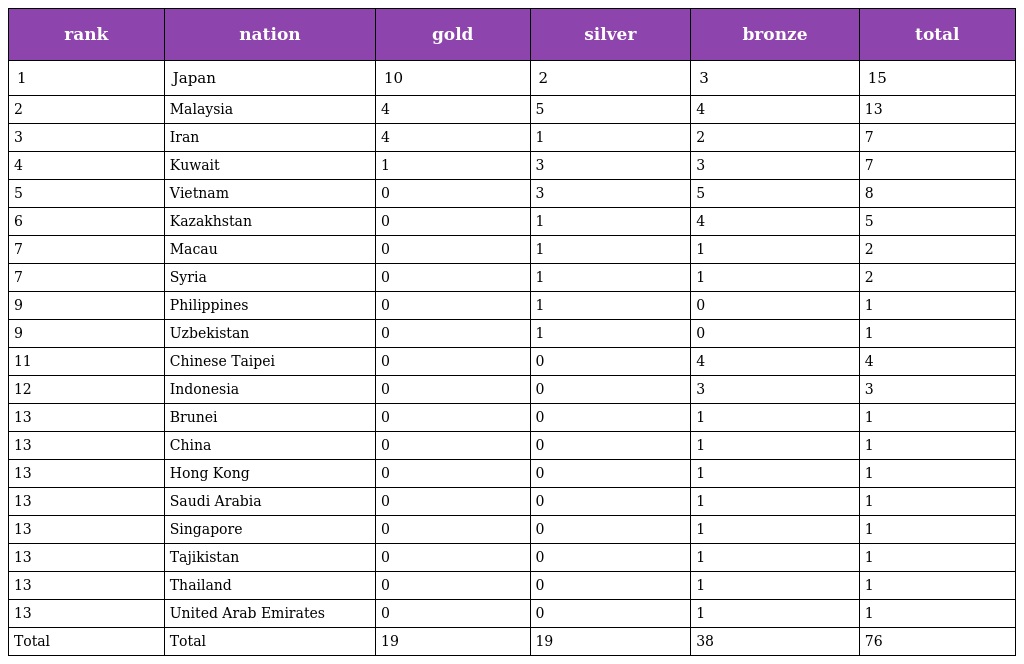
| rank | nation | gold | silver | bronze | total |
 | --- | --- | --- | --- | --- | --- |
 | 1 | Japan | 10 | 2 | 3 | 15 |
 | 2 | Malaysia | 4 | 5 | 4 | 13 |
 | 3 | Iran | 4 | 1 | 2 | 7 |
 | 4 | Kuwait | 1 | 3 | 3 | 7 |
 | 5 | Vietnam | 0 | 3 | 5 | 8 |
 | 6 | Kazakhstan | 0 | 1 | 4 | 5 |
 | 7 | Macau | 0 | 1 | 1 | 2 |
 | 7 | Syria | 0 | 1 | 1 | 2 |
 | 9 | Philippines | 0 | 1 | 0 | 1 |
 | 9 | Uzbekistan | 0 | 1 | 0 | 1 |
 | 11 | Chinese Taipei | 0 | 0 | 4 | 4 |
 | 12 | Indonesia | 0 | 0 | 3 | 3 |
 | 13 | Brunei | 0 | 0 | 1 | 1 |
 | 13 | China | 0 | 0 | 1 | 1 |
 | 13 | Hong Kong | 0 | 0 | 1 | 1 |
 | 13 | Saudi Arabia | 0 | 0 | 1 | 1 |
 | 13 | Singapore | 0 | 0 | 1 | 1 |
 | 13 | Tajikistan | 0 | 0 | 1 | 1 |
 | 13 | Thailand | 0 | 0 | 1 | 1 |
 | 13 | United Arab Emirates | 0 | 0 | 1 | 1 |
 | Total | Total | 19 | 19 | 38 | 76 |